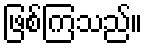
ဖြစ်ကြသည်။